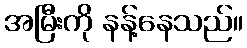
အမြီးကို နန့်နေသည်။